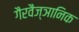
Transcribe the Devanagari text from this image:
गैरवैज्ञानिक